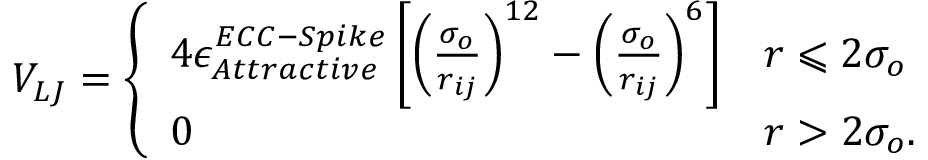
V _ { L J } = \left\{ \begin{array} { l l } { 4 \epsilon _ { A t t r a c t i v e } ^ { E C C - S p i k e } \left[ \left( \frac { \sigma _ { o } } { r _ { i j } } \right) ^ { 1 2 } - \left( \frac { \sigma _ { o } } { r _ { i j } } \right) ^ { 6 } \right] } & { r \leqslant 2 \sigma _ { o } } \\ { 0 } & { r > 2 \sigma _ { o } . } \end{array} \right.